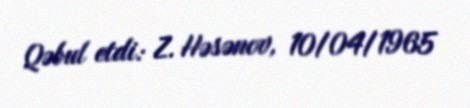
Qəbul etdi: Z. Həsənov, 10/04/1965